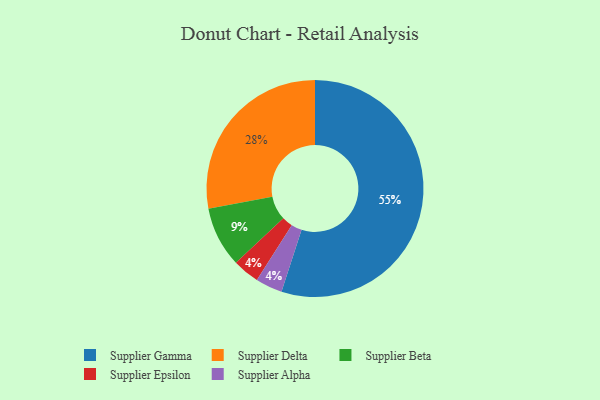
{"axis": {"x": "Category", "y": "Percentage"}, "legend": ["Supplier Alpha", "Supplier Beta", "Supplier Delta", "Supplier Epsilon", "Supplier Gamma"], "data": [{"x": "Supplier Beta", "y": 9, "type": "Supplier Beta"}, {"x": "Supplier Epsilon", "y": 4, "type": "Supplier Epsilon"}, {"x": "Supplier Alpha", "y": 4, "type": "Supplier Alpha"}, {"x": "Supplier Delta", "y": 28, "type": "Supplier Delta"}, {"x": "Supplier Gamma", "y": 55, "type": "Supplier Gamma"}]}